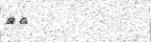
٦٦